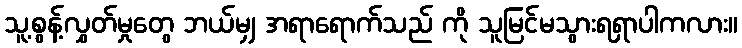
သူ့စွန့်လွှတ်မှုတွေ ဘယ်မျှ အရာရောက်သည် ကို သူမြင်မသွားရရှာပါကလား။